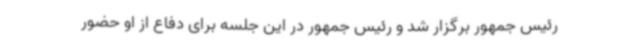
رئیس جمهور برگزار شد و رئیس جمهور در این جلسه برای دفاع از او حضور